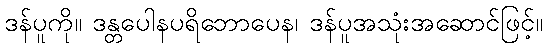
ဒန်ပူကို။ ဒန္တပေါနပရိဘောပေန၊ ဒန်ပူအသုံးအဆောင်ဖြင့်။